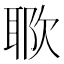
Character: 𱤷